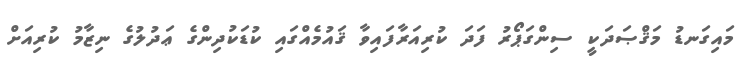
މައިގަނޑު މަޤްޞަދަކީ ސިންގަޕޯރު ފަދަ ކުރިއަރާފައިވާ ޤައުމެއްގައި ކުޑަކުދިންގެ ޢަދުލުގެ ނިޒާމު ކުރިއަށް